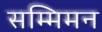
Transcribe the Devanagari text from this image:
सम्मिमन